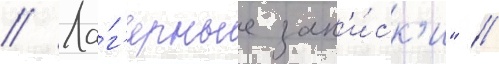
// Ла́г'ерные зап'и́ск'и" //